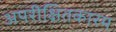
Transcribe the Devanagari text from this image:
अपरीक्षितकारम